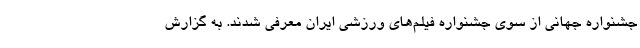
جشنواره جهانی از سوی جشنواره فیلم‌های ورزشی ایران معرفی شدند. به گزارش